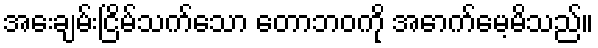
အေးချမ်းငြိမ်သက်သော တောဘဝကို အောက်မေ့မိသည်။